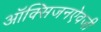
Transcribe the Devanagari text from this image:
ऑक्सिजनऐवजी